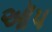
ઑપ